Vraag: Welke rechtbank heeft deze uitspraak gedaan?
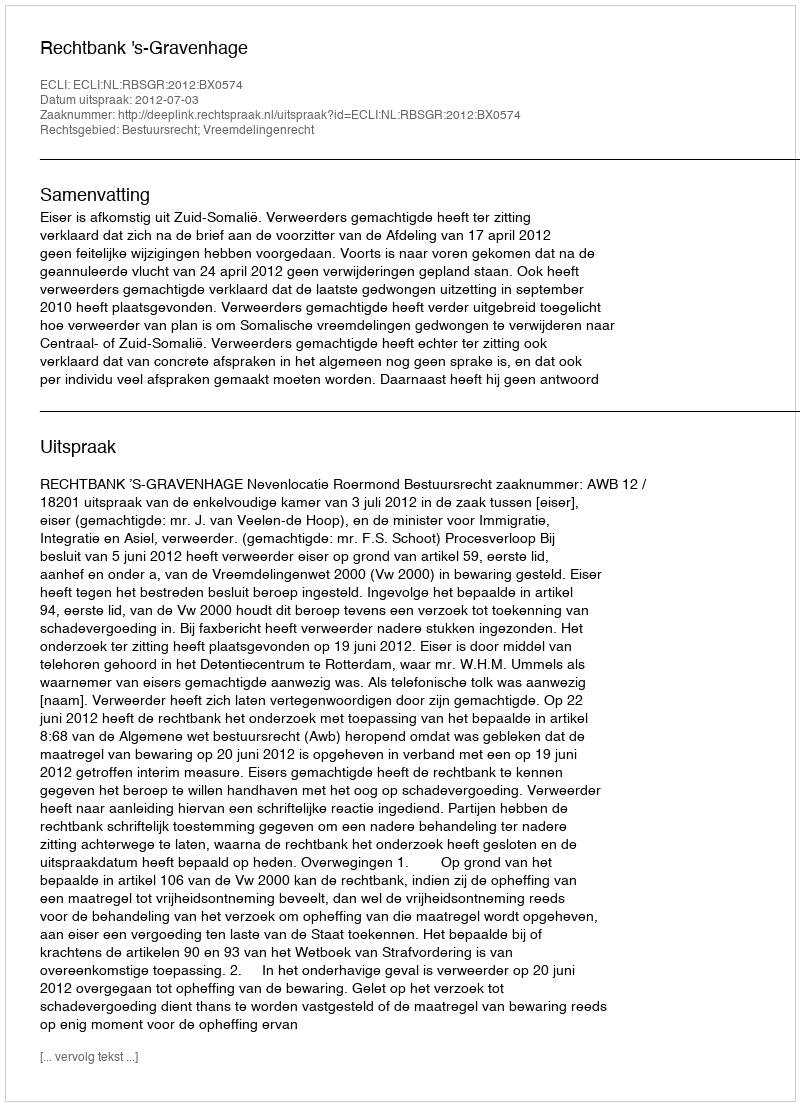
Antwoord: Rechtbank 's-Gravenhage